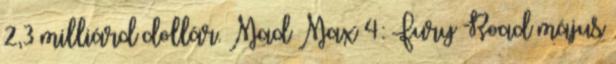
2,3 milliárd dollár. Mad Max 4: Fury Road május